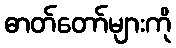
ဓာတ်တော်များကို